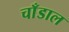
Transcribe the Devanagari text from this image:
चाँडाल